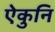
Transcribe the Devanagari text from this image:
ऐकुनि